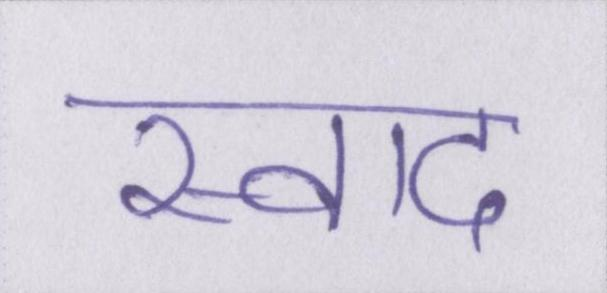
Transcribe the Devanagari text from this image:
स्वाद